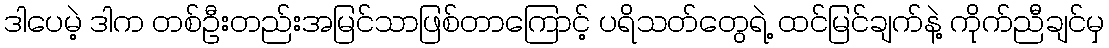
ဒါပေမဲ့ ဒါက တစ်ဦးတည်းအမြင်သာဖြစ်တာကြောင့် ပရိသတ်တွေရဲ့ ထင်မြင်ချက်နဲ့ ကိုက်ညီချင်မှ